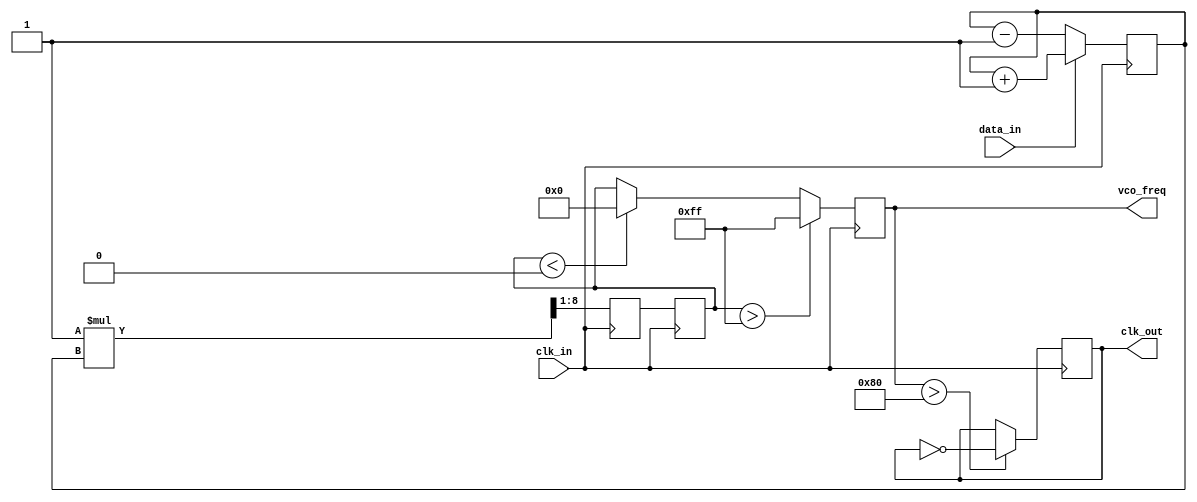
module ClockRecoveryPLL (
    input wire clk_in,          // Incoming data clock
    input wire data_in,         // Incoming data signal
    output reg clk_out,         // Recovered clock output
    output reg [7:0] vco_freq   // VCO frequency control output
);

// Parameters
parameter VCO_MAX_FREQ = 255; // Maximum frequency for VCO
parameter VCO_MIN_FREQ = 0;    // Minimum frequency for VCO
parameter LOOP_FILTER_GAIN = 1; // Gain for loop filter

// Internal signals
reg [7:0] phase_error;         // Phase error signal
reg [7:0] loop_filter_output;   // Output of the loop filter
reg [7:0] vco_control;          // Control signal for VCO

// Phase Detector
always @(posedge clk_in) begin
    // Simple phase detection logic
    if (data_in) begin
        phase_error <= phase_error + 1; // Increment phase error if data_in is high
    end else begin
        phase_error <= phase_error - 1; // Decrement phase error if data_in is low
    end
end

// Loop Filter
always @(posedge clk_in) begin
    // Simple low-pass filter implementation
    loop_filter_output <= (LOOP_FILTER_GAIN * phase_error) >> 1; // Scale down phase error
    vco_control <= loop_filter_output; // Update VCO control signal
end

// Voltage-Controlled Oscillator (VCO)
always @(posedge clk_in) begin
    // Adjust VCO frequency based on control signal
    if (vco_control > VCO_MAX_FREQ) begin
        vco_freq <= VCO_MAX_FREQ;
    end else if (vco_control < VCO_MIN_FREQ) begin
        vco_freq <= VCO_MIN_FREQ;
    end else begin
        vco_freq <= vco_control; // Set VCO frequency
    end
end

// Generate output clock signal based on VCO frequency
always @(posedge clk_in) begin
    // Simple clock generation logic based on VCO frequency
    if (vco_freq > 128) begin
        clk_out <= ~clk_out; // Toggle clock output for higher frequencies
    end else begin
        clk_out <= clk_out; // Maintain clock output for lower frequencies
    end
end

endmodule